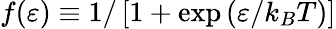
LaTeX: f(\varepsilon)\equiv 1/\left[1+\exp\left(\varepsilon/k_{B}T\right)\right]